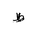
Letter: _za